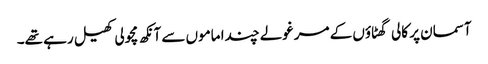
آسمان پر کالی گھٹاؤں کے مرغولے چندا ماموں سے آنکھ مچولی کھیل رہے تھے۔